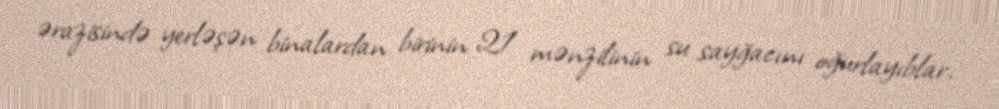
ərazisində yerləşən binalardan birinin 21 mənzilinin su sayğacını oğurlayıblar.